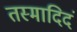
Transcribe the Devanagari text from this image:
तस्मादिदं